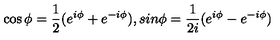
\cos \phi = \frac { 1 } { 2 } ( e ^ { i \phi } + e ^ { - i \phi } ) , s i n \phi = \frac { 1 } { 2 i } ( e ^ { i \phi } - e ^ { - i \phi } )